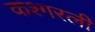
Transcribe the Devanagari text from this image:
कश्गरली